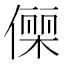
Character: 𬿥